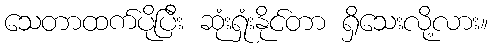
သေတာထက်ပိုပြီး ဆုံးရှုံးနိုင်တာ ရှိသေးလို့လား။